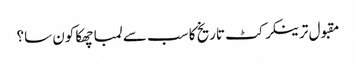
مقبول ترینکرکٹ تاریخ کا سب سے لمبا چھکا کون سا؟